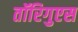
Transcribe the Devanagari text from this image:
तॉरिगुएस